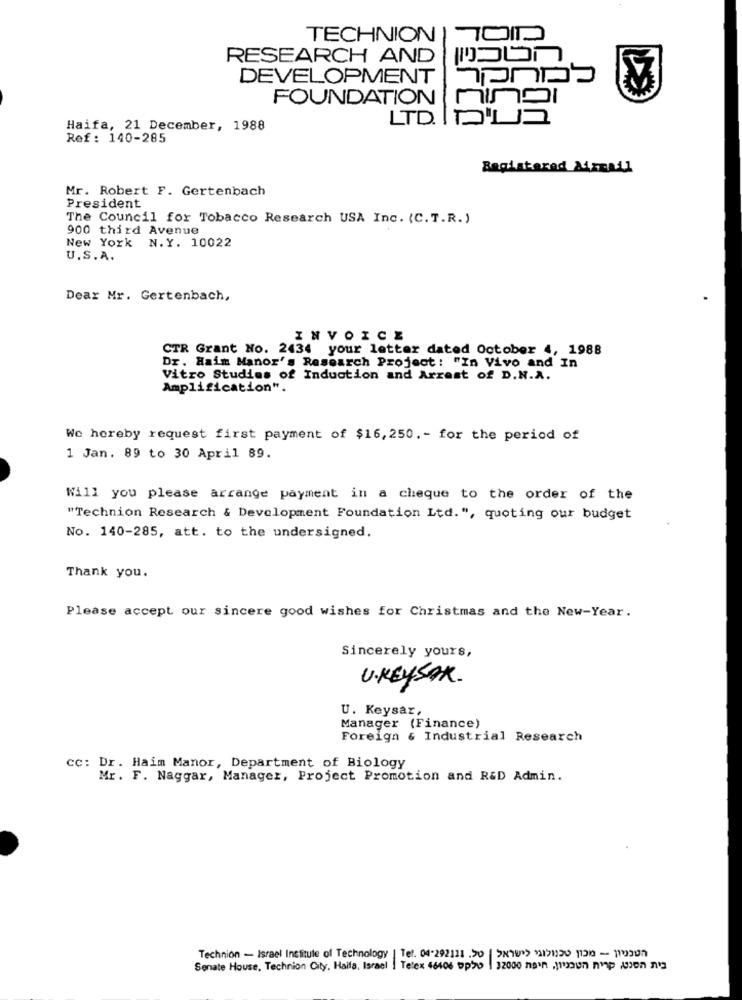
TECHNION
RESEARCH AND
DEVELOPMENT
FOUNDATION
Haifa, 21 December, 1988
Ref: 140-285
Registered Airmail
Mr. Robert F. Gertenbach
President
The Council for Tobacco Research USA Inc. (C.T.R.)
900 third Avenue
New York N.Y. 10022
U.S.A.
Dear Mr. Gertenbach,
INVOICE
CTR Grant No. 2434 your letter dated October 4, 1988
Dr. Haim Manor's Research Project : "In Vivo and In
Vitro Studies of Induction and Arrest of D.N.A.
Amplification".
We hereby request first payment of $16, 250. - for the period of
1 Jan. 89 to 30 April 89.
Will you please arrange payment in a cheque to the order of the
"Technion Research & Development Foundation Ltd.", quoting our budget
No. 140-285, att. to the undersigned.
Thank you.
Please accept our sincere good wishes for Christmas and the New-Year.
Sincerely yours,
U.KEYSAK.
U. Keysar,
Manager (Finance)
Foreign & Industrial Research
CC: Dr. Haim Manor, Department of Biology
Mr. F. Naggar, Manager, Project Promotion and R&D Admin.
Technion - Israel Institute of Technology | Tel. 04-292121 .50 58741 2121220 130 - 110300
Senate House, Technion City. Haifa, Israel !
Telex 46406 Dp>o | 32000 nein , men nip An